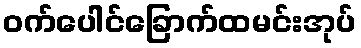
ဝက်ပေါင်ခြောက်ထမင်းအုပ်